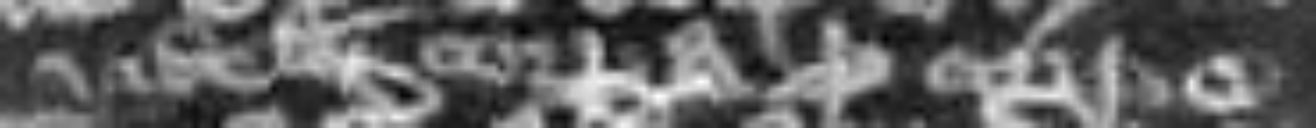
videlicet eorum corpora de corpore